Vaccination United Provinces of Agra and Oudh 1902-1913 - 1902-1913
Year: 1902
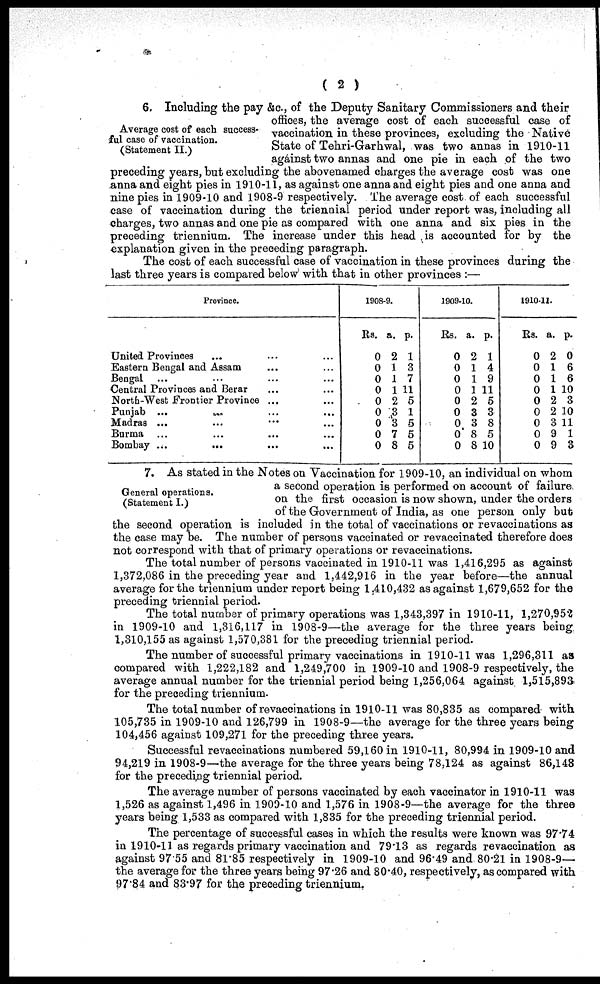
( 2 )
Average cost of each success-
ful case of vaccination.
(Statement II.)
6. Including the pay &c., of the Deputy Sanitary Commissioners and their
offices, the average cost of each successful case of
vaccination in these provinces, excluding the Native
State of Tehri-Garhwal, was two annas in 1910-11
against two annas and one pie in each of the two
preceding years, but excluding the abovenamed charges the average cost was one
anna and eight pies in 1910-11, as against one anna and eight pies and one anna and
nine pies in 1909-10 and 1908-9 respectively. The average cost of each successful
case of vaccination during the triennial period under report was, including all
charges, two annas and one pie as compared with one anna and six pies in the
preceding triennium. The increase under this head ,is accounted for by the
explanation given in the preceding paragraph.
The cost of each successful case of vaccination in these provinces during the
last three years is compared below' with that in other provinces :—
Province.
United Provinces ... ... ...
Eastern Bengal and Assam ... ...
Bengal ... ... ...
Central Provinces and Berar ... ...
North-West Frontier Province ... ...
Punjab ... ... ... ...
Madras ... ... ... ...
Burma ... ... ... ...
Bombay ... ... ... ...
1908-9.
Rs.
0
0
0
0
0
0
0
0
0
a.
2
1
1
1
2
3 3
7
8
p.
1
3
7
11
5
1
5
5
5
1909-10.
Rs.
0
0
0
0
0
0
0
0
0
a.
2
1
1
1
2
3
3
8
8
p.
1
4
9
11
5
3
8
5
10
1910-11.
Rs.
0
0
0
0
0
0
0
0
0
a.
2
1
1
1
2
2
3
9
9
p.
0
6
6
10
3
10
11
1
3
General operations.
(Statement I.)
7. As stated in the Notes on Vaccination for 1909-10, an individual on whom
a second operation is performed on account of failure
on the first occasion is now shown, under the orders
of the Government of India, as one person only but
the second operation is included in the total of vaccinations or revaccinations as
the case may be. The number of persons vaccinated or revaccinated therefore does
not correspond with that of primary operations or revaccinations.
The total number of persons vaccinated in 1910-11 was 1,416,295 as against
1,372,086 in the preceding year and 1,442,916 in the year before—the annual
average for the triennium under report being 1,410,432 as against 1,679,652 for the
preceding triennial period.
The total number of primary operations was 1,343,397 in 1910-11, 1,270,952
in 1909-10 and 1,316,117 in 1908-9—the average for the three years being
1,310,155 as against 1,570,381 for the preceding triennial period.
The number of successful primary vaccinations in 1910-11 was 1,296,311 as
compared with 1,222,182 and 1,249,700 in 1909-10 and 1908-9 respectively, the
average annual number for the triennial period being 1,256,064 against 1,515,893
for the preceding triennium.
The total number of revaccinations in 1910-11 was 80,835 as compared with
105,735 in 1909-10 and 126,799 in 1908-9—the average for the three years being
104,456 against 109,271 for the preceding three years.
Successful revaccinations numbered 59,160 in 1910-11, 80,994 in 1909-10 and
94,219 in 1908-9—the average for the three years being 78,124 as against 86,148
for the preceding triennial period.
The average number of persons vaccinated by each vaccinator in 1910-11 was
1,526 as against 1,496 in 1909-10 and 1,576 in 1908-9—the average for the three
years being 1,533 as compared with 1,835 for the preceding triennial period.
The percentage of successful cases in which the results were known was 97.74
in 1910-11 as regards primary vaccination and 79.13 as regards revaccination as
against 97.55 and 81.85 respectively in 1909-10 and 96.49 and 80.21 in 1908-9—
the average for the three years being 97.26 and 80.40, respectively, as compared with
97.84 and 83.97 for the preceding triennium.